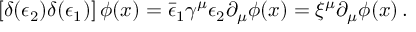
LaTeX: \left[ \delta ( \epsilon _ { 2 } ) \delta ( \epsilon _ { 1 } ) \right] \phi ( x ) = \bar { \epsilon } _ { 1 } \gamma ^ { \mu } \epsilon _ { 2 } \partial _ { \mu } \phi ( x ) = \xi ^ { \mu } \partial _ { \mu } \phi ( x ) \, .